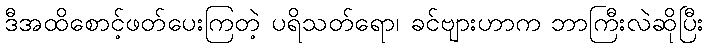
ဒီအထိစောင့်ဖတ်ပေးကြတဲ့ ပရိသတ်ရော၊ ခင်ဗျားဟာက ဘာကြီးလဲဆိုပြီး